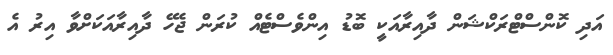
އަދި ކޮންސްޓްރަކްޝަން ދާއިރާއަކީ ބޮޑު އިންވެސްޓެއް ކުރަން ޖެހޭ ދާއިރާއަކަށްވާ އިރު އެ